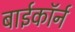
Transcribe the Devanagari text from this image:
बाईकॉर्न